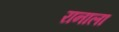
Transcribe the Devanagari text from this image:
रानाला